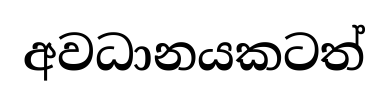
අවධානයකටත්